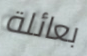
بعائلة